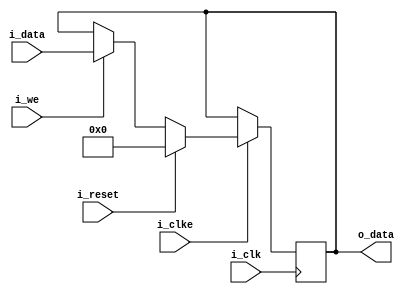
// Module implementing a register.
// This is used for the cpu internal registers.
`default_nettype none

module register(i_clk,
                i_clke,
                i_reset,
                i_we,
                i_data,
                o_data);
   parameter DATA_WIDTH = 8;

   input  wire                  i_clk;   // input clock
   input  wire                  i_clke;  // clock enable
   input  wire                  i_reset; // reset signal
   input  wire                  i_we;    // write enable
   input  wire [DATA_WIDTH-1:0] i_data;  // input data
   output wire [DATA_WIDTH-1:0] o_data;  // output data

   // internal data
   reg [DATA_WIDTH-1:0]         data;

   // output of the register
   assign o_data = data;

   always @(posedge i_clk)
     begin
        if (i_clke) // only do things when i_clke is set
          begin
             if (i_reset)
               data <= 0;
             else if (i_we)
               data <= i_data;
          end
     end

endmodule